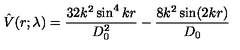
\hat { V } ( r ; \lambda ) = \frac { 3 2 k ^ { 2 } \sin ^ { 4 } k r } { D _ { 0 } ^ { 2 } } - \frac { 8 k ^ { 2 } \sin ( 2 k r ) } { D _ { 0 } }